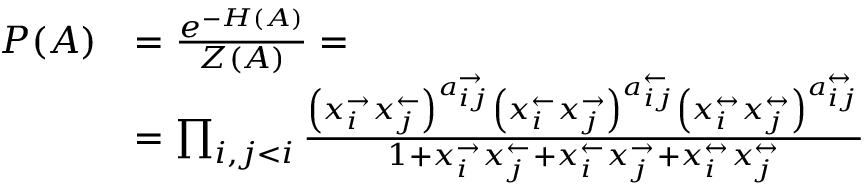
\begin{array} { r l } { P ( A ) } & { = \frac { e ^ { - H ( A ) } } { Z ( A ) } = } \\ & { = \prod _ { i , j < i } \frac { \left( x _ { i } ^ { \rightarrow } x _ { j } ^ { \leftarrow } \right) ^ { a _ { i j } ^ { \rightarrow } } \left( x _ { i } ^ { \leftarrow } x _ { j } ^ { \rightarrow } \right) ^ { a _ { i j } ^ { \leftarrow } } \left( x _ { i } ^ { \leftrightarrow } x _ { j } ^ { \leftrightarrow } \right) ^ { a _ { i j } ^ { \leftrightarrow } } } { 1 + x _ { i } ^ { \rightarrow } x _ { j } ^ { \leftarrow } + x _ { i } ^ { \leftarrow } x _ { j } ^ { \rightarrow } + x _ { i } ^ { \leftrightarrow } x _ { j } ^ { \leftrightarrow } } } \end{array}